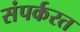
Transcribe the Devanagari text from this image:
संपर्करत